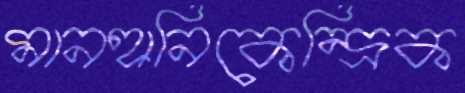
মানহানিকেন্দ্রিক